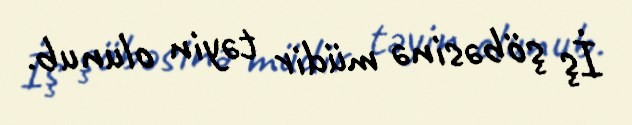
İş şöbəsinə müdir təyin olunub.